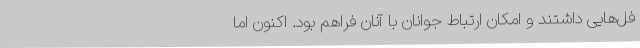
فل‌هایی داشتند و امکان ارتباط جوانان با آنان فراهم بود. اکنون اما